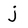
Character: j